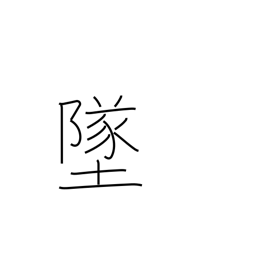
Meaning: crash